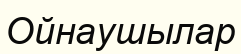
Ойнаушылар